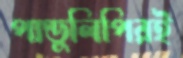
পাণ্ডুলিপিরই